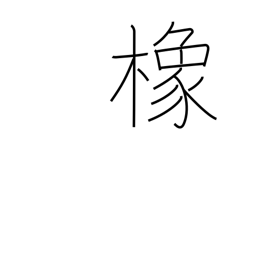
Meaning: horse chestnut